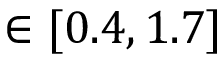
\in [ 0 . 4 , 1 . 7 ]